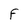
Character: F